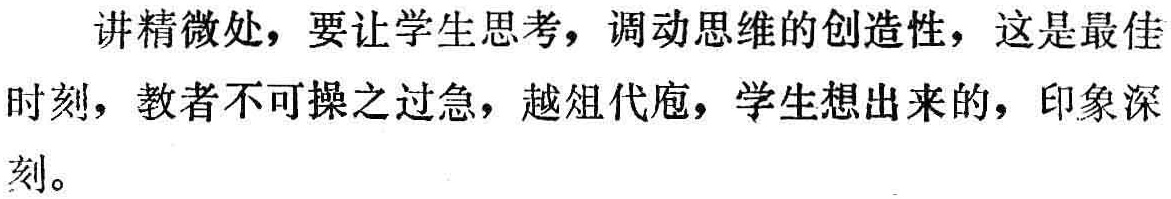
讲精微处，要让学生思考，调动思维的创造性，这是最佳时刻，教者不可操之过急，越俎代庖，学生想出来的，印象深刻。